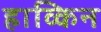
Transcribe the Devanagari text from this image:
हाव्किन